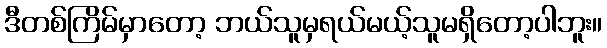
ဒီတစ်ကြိမ်မှာတော့ ဘယ်သူမှရယ်မယ့်သူမရှိတော့ပါဘူး။